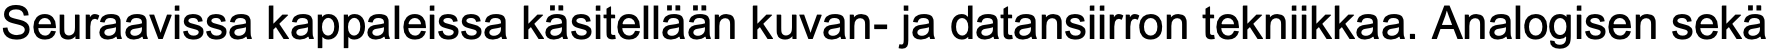
Seuraavissa kappaleissa käsitellään kuvan- ja datansiirron tekniikkaa. Analogisen sekä